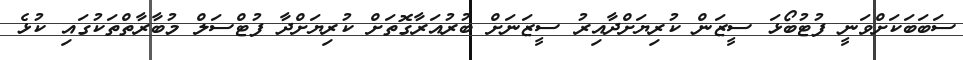
ސަބަބަކަށްވަނީ ފުޓުބޯޅަ ސީޒަން ކުރިޔަށްދާއިރު ސީޒަނަށް ބުރުއަރާގޮތަށް ކުރިޔަށްދާ ފުޓްސަލް މުބާރާތްތަކުގައި ކުޅެ